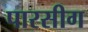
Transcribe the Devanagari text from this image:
पारसीग